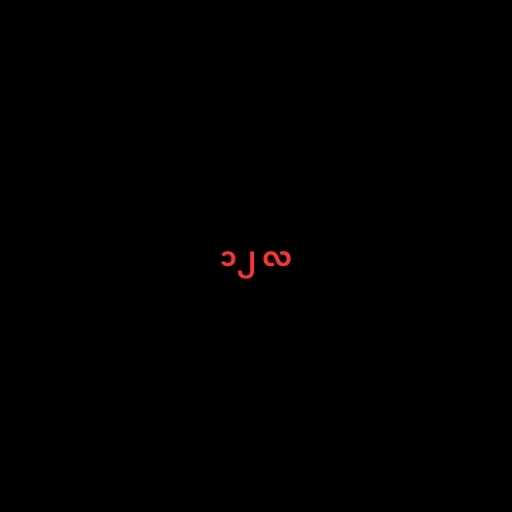
၁၂ လ